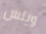
ويلس